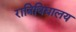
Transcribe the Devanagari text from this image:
रात्रिविद्यालय